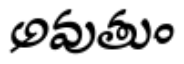
అవుతుం